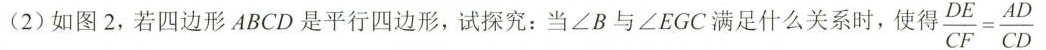
(2)如图2，若四边形ABCD是平行四边形，试探究：当∠B与∠EGC满足什么关系时，使得$$\frac { D E } { C F } = \frac { A D } { C D }$$